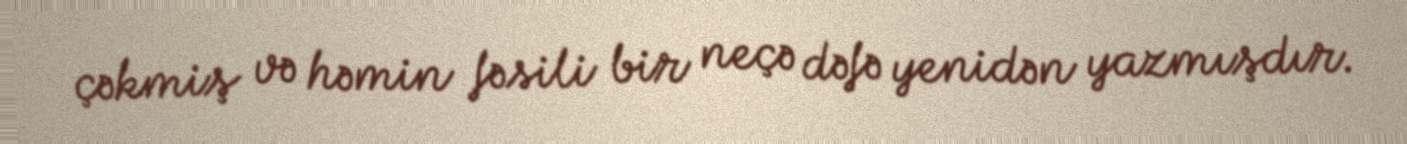
çəkmiş və həmin fəsili bir neçə dəfə yenidən yazmışdır.